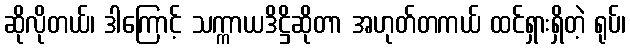
ဆိုလိုတယ်၊ ဒါကြောင့် သက္ကာယဒိဋ္ဌိဆိုတာ အဟုတ်တကယ် ထင်ရှားရှိတဲ့ ရုပ်၊